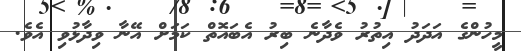
މީހުންގެ އަދަދު އިތުރު ވެދާނެ ބިރު އެބައޮތް ކަމަށް އޭނާ ވިދާޅުވި އެވެ.